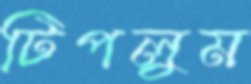
টিপলুম